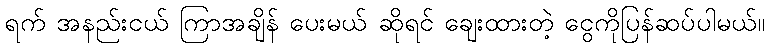
ရက် အနည်းငယ် ကြာအချိန် ပေးမယ် ဆိုရင် ချေးထားတဲ့ ငွေကိုပြန်ဆပ်ပါမယ်။